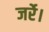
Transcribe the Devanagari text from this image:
जर्रे।